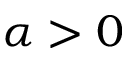
\alpha > 0